画像に写った文字を読んでください
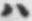
「ハ」と書いてあります